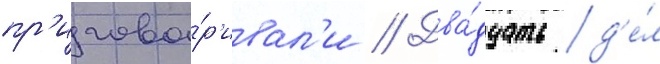
пр'игова́р'ивал'и // Два́дцать д'е́л